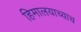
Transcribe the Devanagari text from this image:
हिमालयाच्याच